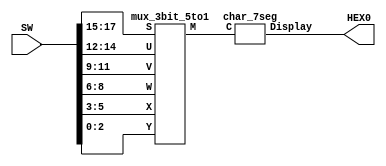
module part5 (SW, HEX0);
	input [17:0] SW; // toggle switches
	output [0:6] HEX0; // 7-seg displays
	wire [2:0] M;
	mux_3bit_5to1 M0 (SW[17:15], SW[14:12], SW[11:9], SW[8:6], SW[5:3], SW[2:0], M);
	char_7seg H0 (M, HEX0);
endmodule


// implements a 3-bit wide 5-to-1 multiplexer
module mux_3bit_5to1 (S, U, V, W, X, Y, M);
	input [2:0] S, U, V, W, X, Y;
	output [2:0] M;
	
	assign M = (S == 3'b000 )? U:
					(S == 3'b001 )? V:
					(S == 3'b010 )? W:
					(S == 3'b011 )? X:
					Y; 
endmodule


// implements a 7-segment decoder for H, A, P, Y and `blank'
module char_7seg (C, Display);
	input [2:0] C; // input code
	output [0:6] Display; // output 7-seg code

	assign S = C[2:0];
	assign HEX0 = (S == 3'b000 )? 7'b000_1001: // H
						(S == 3'b001 )? 7'b000_1000: // A
						(S == 3'b010 )? 7'b000_1100: // P
						(S == 3'b011 )? 7'b000_1100: // P
						(S == 3'b100 )? 7'b001_0001: // Y
						7'b111_1111; // 'blank'
endmodule